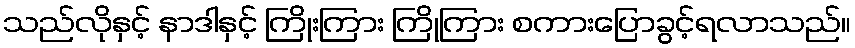
သည်လိုနှင့် နာဒါနှင့် ကြိုးကြား ကြိုကြား စကားပြောခွင့်ရလာသည်။